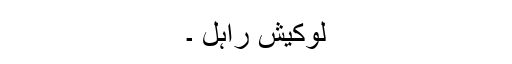
لوکیش راہل ۔